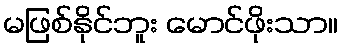
မဖြစ်နိုင်ဘူး မောင်ဖိုးသာ။